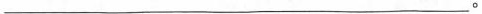
___。